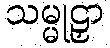
သမ္မုဠှာ